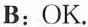
B：OK.